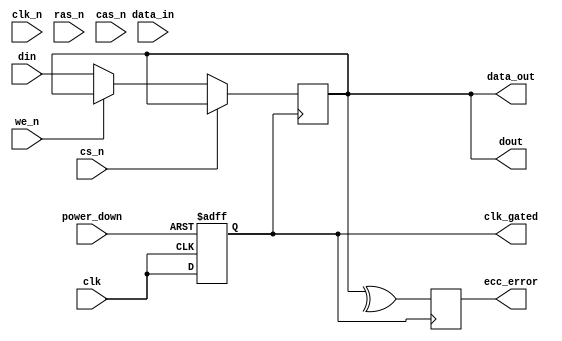
module gddr5x_io_block (
    input wire clk,          // Differential clock input CK
    input wire clk_n,        // Differential clock input CK#
    input wire [63:0] din,   // Data input (64 bits)
    output wire [63:0] dout,  // Data output (64 bits)
    input wire cs_n,         // Chip select (active low)
    input wire ras_n,        // Row address strobe (active low)
    input wire cas_n,        // Column address strobe (active low)
    input wire we_n,         // Write enable (active low)
    output wire ecc_error,   // ECC error signal
    output wire [63:0] data_out, // Aligned data output
    input wire [63:0] data_in, // Aligned data input
    input wire power_down,    // Power down control
    output wire clk_gated     // Gated clock output
);

// Parameters
parameter DATA_WIDTH = 64;
parameter ADDR_WIDTH = 32;

// Internal signals
reg [DATA_WIDTH-1:0] data_buffer;
reg clk_gated_reg;
reg ecc_error_reg;

// Clock gating logic
always @(posedge clk or negedge power_down) begin
    if (!power_down) begin
        clk_gated_reg <= 1'b0; // Disable clock
    end else begin
        clk_gated_reg <= clk; // Pass through clock
    end
end

assign clk_gated = clk_gated_reg;

// Input buffer
always @(posedge clk_gated) begin
    if (!cs_n) begin
        if (!we_n) begin
            // Write operation
            data_buffer <= din; // Capture incoming data
        end
    end
end

// Output buffer
assign dout = data_buffer;

// ECC Error Handling (simplified)
always @(posedge clk_gated) begin
    // Placeholder for ECC logic
    // Assume a simple parity check for demonstration
    ecc_error_reg <= ^data_buffer; // Simple parity check
end

assign ecc_error = ecc_error_reg;

// Data alignment logic (simplified)
assign data_out = data_buffer; // Directly output the buffered data

endmodule